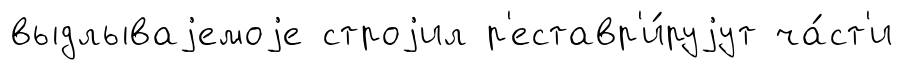
выдлываjемоjе строjил р'еставр'и́руjут ча́ст'и